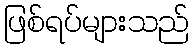
ဖြစ်ရပ်များသည်